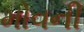
મોવની